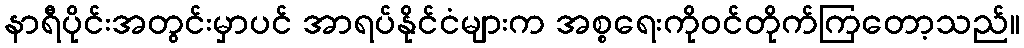
နာရီပိုင်းအတွင်းမှာပင် အာရပ်နိုင်ငံများက အစ္စရေးကိုဝင်တိုက်ကြတော့သည်။